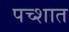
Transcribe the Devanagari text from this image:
पच्शात